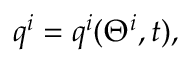
q ^ { i } = q ^ { i } ( \Theta ^ { i } , t ) ,